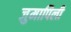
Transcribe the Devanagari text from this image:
जुमापिली